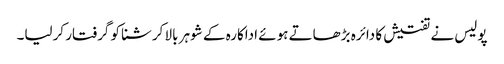
پولیس نے تفتیش کا دائرہ بڑھاتے ہوئے اداکارہ کے شوہر بالا کرشنا کو گرفتار کرلیا۔